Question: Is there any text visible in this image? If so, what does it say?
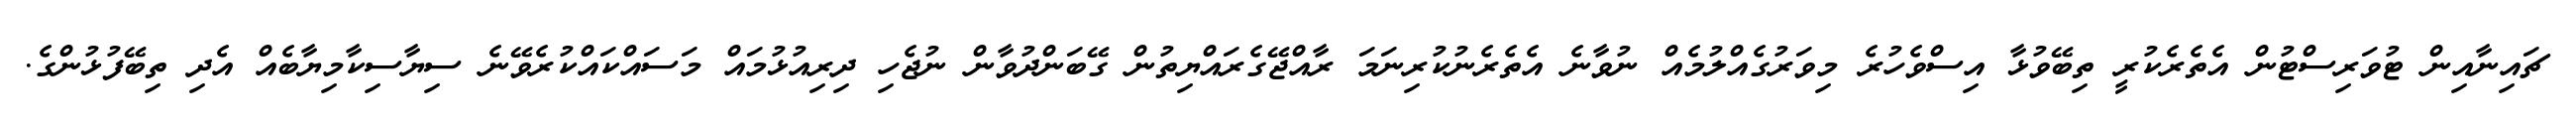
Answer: ޗައިނާއިން ޓުވަރިސްޓުން އެތެރެކުރީ ތިބޭވުޅާ އިސްވެހުރެ މިވަރުގެއްލުމެއް ނުވާނެ އެތެރެނުކުރިނަމަ ރާއްޖޭގެރައްޔިތުން ގޭބަންދުވާން ނުޖެހި ދިރިއުޅުމައް މަސައްކައްކުރެވޭނެ ސިޔާސިކާމިޔާބެއް އެދި ތިބޭފުޅުންގެ.